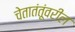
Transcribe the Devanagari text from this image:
चेतातंतूंवरील